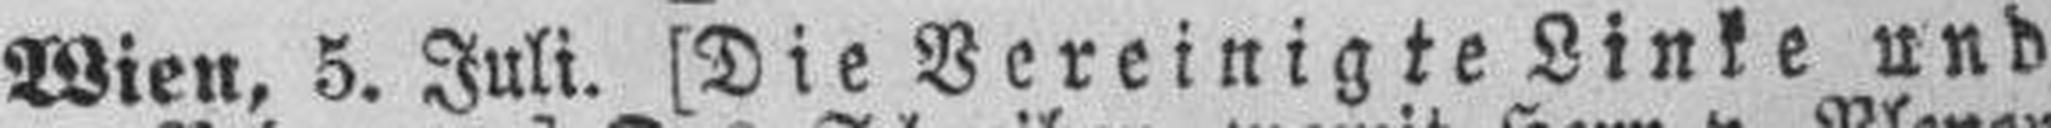
Wien, 5. Juli. [Die Bereinigte Linke und